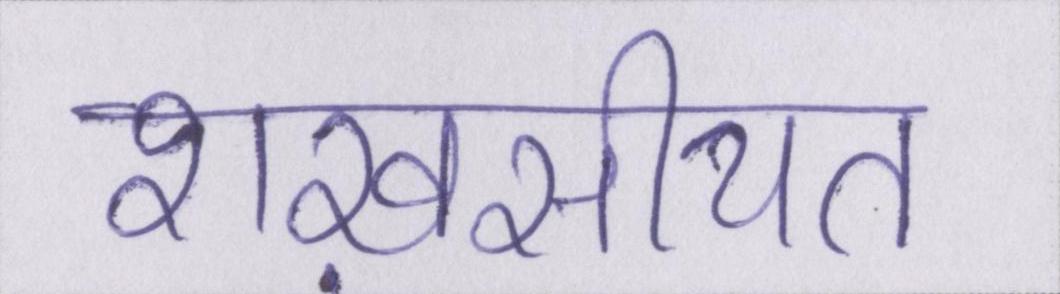
शख़सीयत